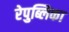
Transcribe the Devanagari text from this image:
रेपुब्लिका